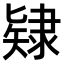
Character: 𨽹